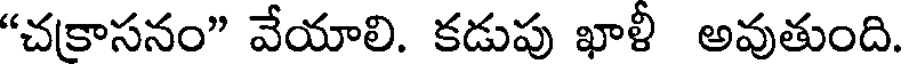
"చకాసనం" వేయాలి. కడుపు ఖాళీ అవుతుంది.